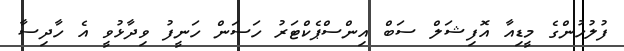
ފުލުހުންގެ މީޑިއާ އޮފިޝަލް ސަބް އިންސްޕެކްޓަރު ހަސަން ހަނީފު ވިދާޅުވީ އެ ހާދިސާ